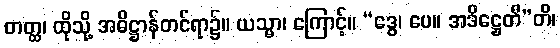
တတ္ထ၊ ထိုသို့ အဓိဋ္ဌာန်တင်ရာ၌။ ယသ္မာ၊ ကြောင့်။ “ဒွေ၊ ပေ။ အဒိဋ္ဌေတီ”တိ၊